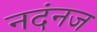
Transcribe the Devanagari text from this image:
नदंनज